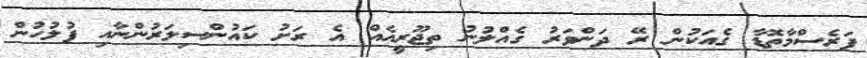
ފަރެސްމާތޮޑާ ގެއަކުން ރޭ ދަންވަރު ގެއްލުނު ތިޖޫރީއެއް އެ ރަށު ކައުންސިލަރުންނާއި ފުލުހުން